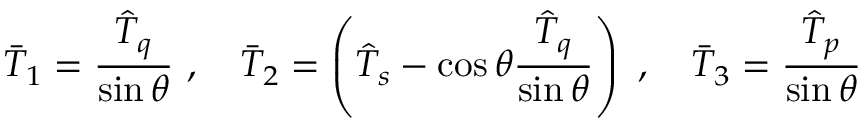
\bar { T } _ { 1 } = \frac { \hat { T } _ { q } } { \sin \theta } \ , \quad \bar { T } _ { 2 } = \left( \hat { T } _ { s } - \cos \theta \frac { \hat { T } _ { q } } { \sin \theta } \right) \ , \quad \bar { T } _ { 3 } = \frac { \hat { T } _ { p } } { \sin \theta }